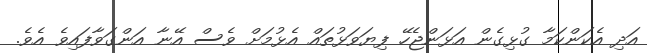
އަދި އެކަންކަމާ ގުޅިގެން އަޅަންޖެހޭ ފިޔަވަޅުތައް އެޅުމަށް ވެސް އޭނާ އަންގަވާފައިވެ އެވެ.